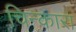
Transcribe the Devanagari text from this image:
चिन्कारा